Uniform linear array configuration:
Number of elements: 64
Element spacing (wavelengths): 0.5
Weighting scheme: blackman
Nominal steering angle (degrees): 45
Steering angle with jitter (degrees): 44.672
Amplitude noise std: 0.05
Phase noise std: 0.05

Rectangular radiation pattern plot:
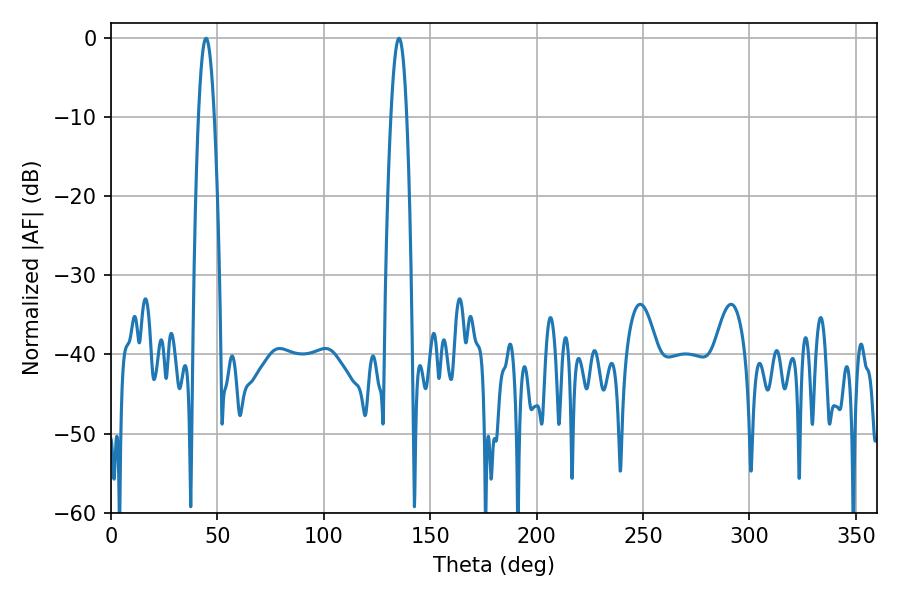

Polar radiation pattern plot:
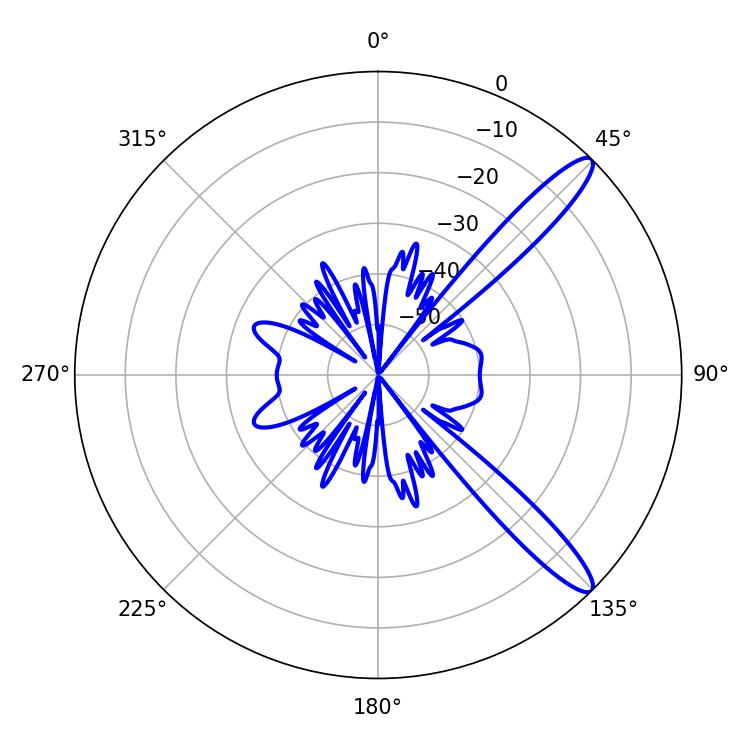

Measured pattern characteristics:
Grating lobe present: FALSE
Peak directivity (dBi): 12.65
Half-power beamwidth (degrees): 4.14
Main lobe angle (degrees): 44.64